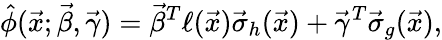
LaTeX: \hat{\phi}(\vec{x};\vec{\beta},\vec{\gamma})=\vec{\beta}^{T}\ell(\vec{x})\vec{\sigma}_{h}(\vec{x})+\vec{\gamma}^{T}\vec{\sigma}_{g}(\vec{x}),